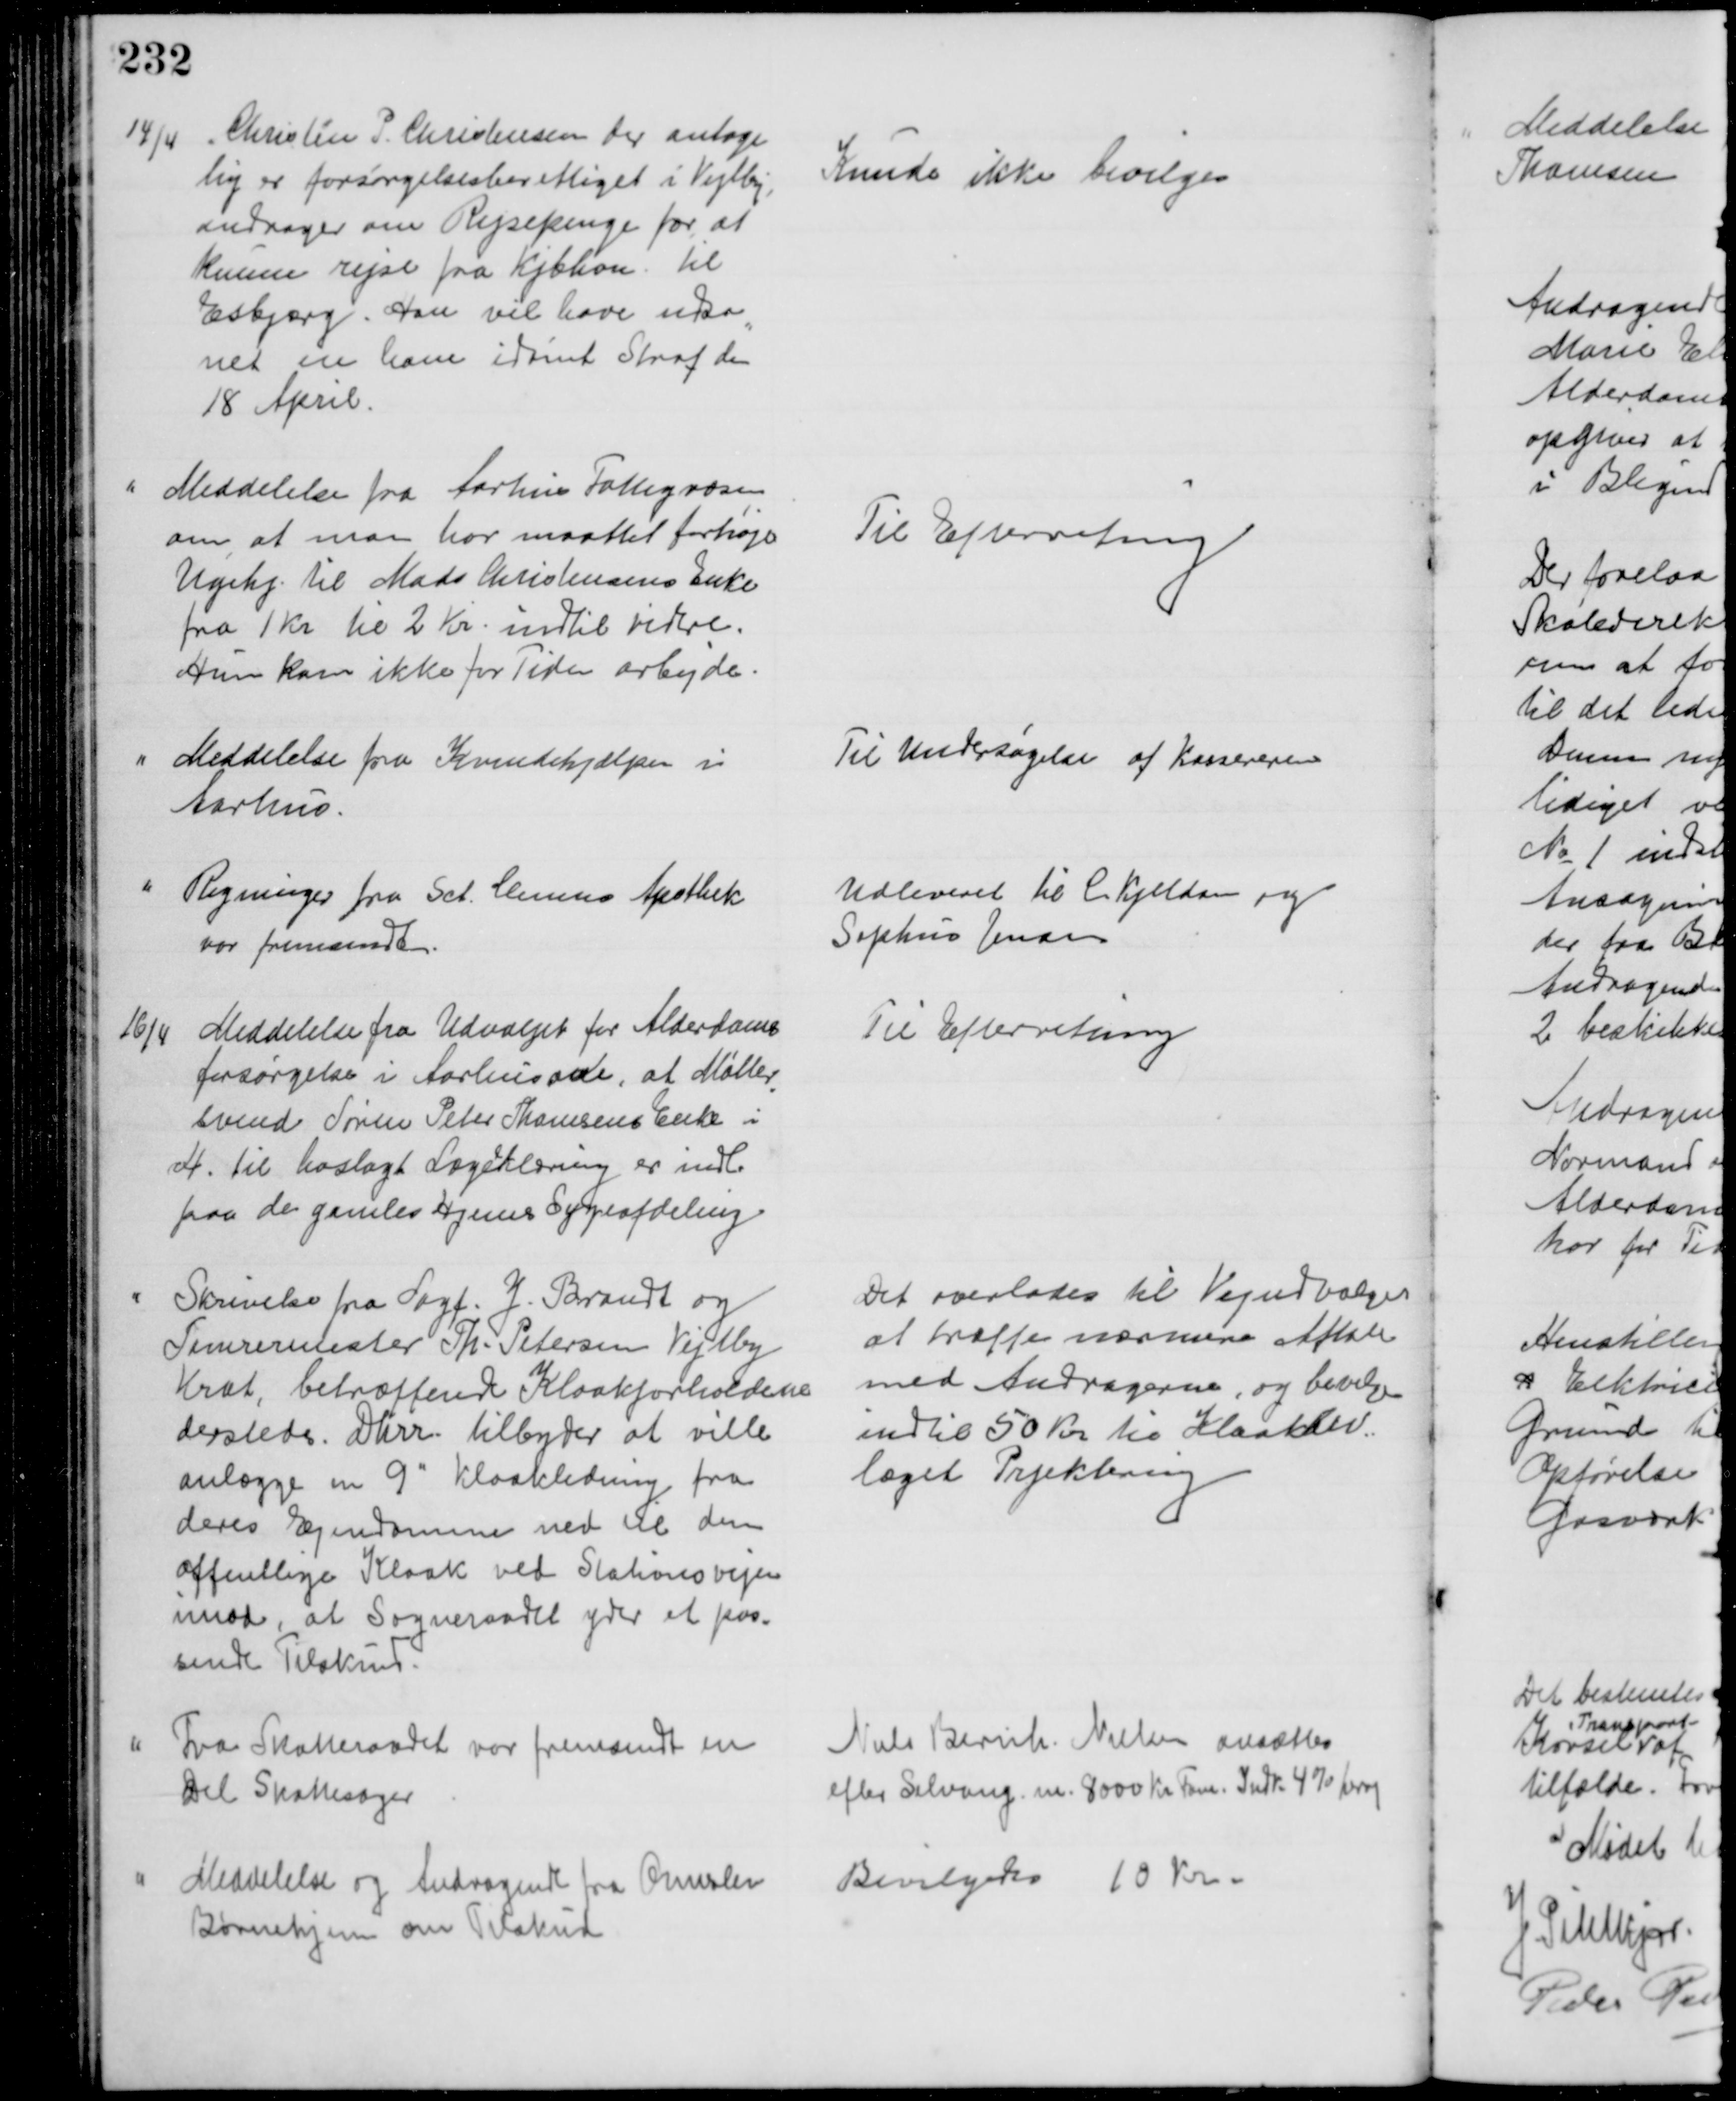
Transskription:
14/4
Christen P. Christensen der antage
lig er forsørgelsesberettiget i Vejlby,
andrager om Rejsepenge for, at
kunne rejse fra Kjbhvn. til
Esbjerg. Han vil have udso
=
net en ham idømt Straf den
18 April.
Kunde ikke bevilges
Meddelelse fra Aarhus Fattigvæsen
om, at man har maattet forhøje
Ugehj. til Mads Christensens Enke
fra 1 Kr til 2 Kr. indtil videre.
Hun kan ikke for Tiden arbejde.
Til Efterretning
Meddelelse fra Kvindehjælpen i
Aarhus.
Til Undersøgelse af Kassereren
Regninger fra Sct. Clemens Apothek
var fremsendte.
Udleveret til C. Kjeldsen og
Sophus Jensen
16/4
Meddelelse fra Udvalget for Alderdoms
forsørgelse i Aarhus om, at Møller
=
svend Søren Peter Thomsens Enke i
H. til hoslagt Lægeklæring er indl.
paa de gamles Hjems Sygeafdeling
Til Efterretning
Skrivelse fra Sagf. J. Brandt og
Tømrermester Th. Petersen Vejlby
Krat, betræffende Kloakforholdene
dersteds. Dhrr. tilbyder at ville
anlægge en 9" Kloakledning fra
deres Ejendomme ned til den 
offentlige Kloak ved Stationsvejen
imod, at Sogneraadet yder et pas-
sende Tilskud.
Det overlodes til Vejudvalget
at træffe nærmere Aftale
med Andragerne, og bevilge
indtil 50 Kr til Kloakan=
læget Prjektering
Fra Skatteraadet var fremsendt en
Del Skattesager
Niels Bernh. Nielsen ansættes
efter Selvang. m. 8000 Kr Fom. Indk. 4 % heraf
Meddelelse og Andragende fra Ormslev 
Børnehjem om Tilskud
Bevilgedes 10 Kr.